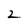
Character: 2